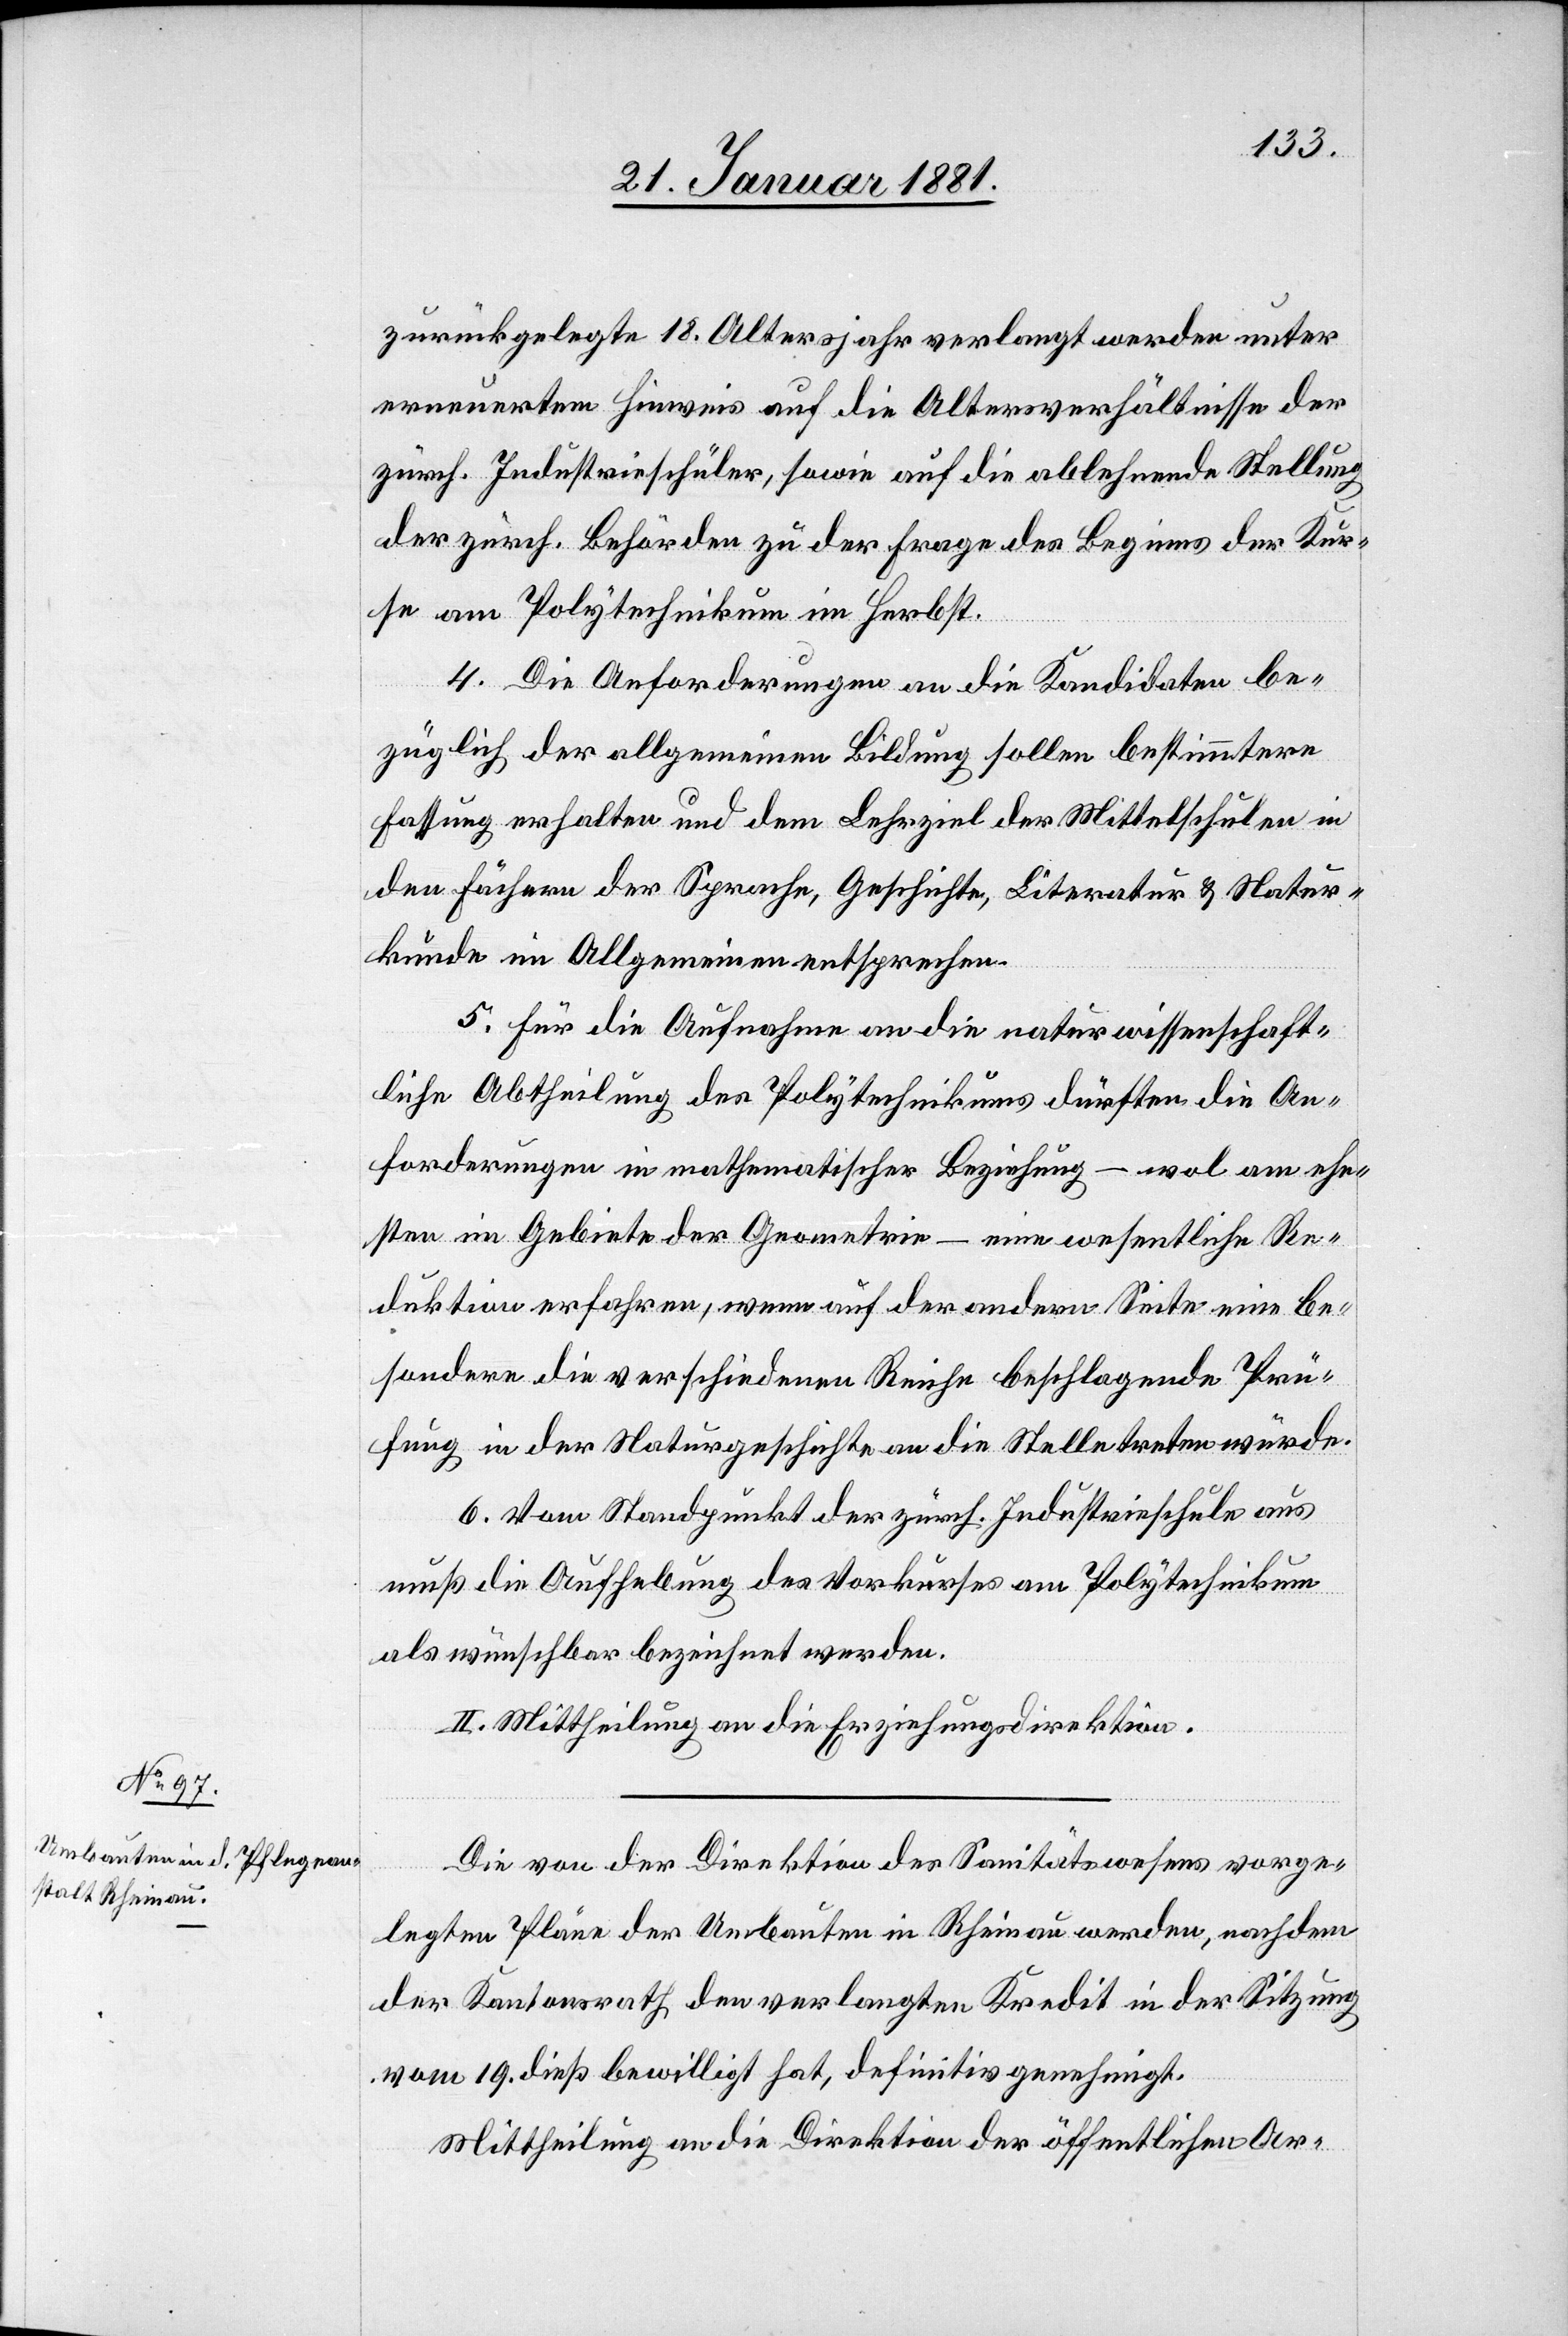
zurückgelegte 18. Altersjahr verlangt werden unter
erneuertem Hinweis auf die Altersverhältnisse der
zürch. Industrieschüler, sowie auf die ablehnende Stellung
der zürch. Behörden zu der Frage des Beginns der Kur¬
se am Polytechnikum im Herbst.
4. Die Anforderungen an die Kandidaten be¬
züglich der allgemeinen Bildung sollen bestimmtere
Fassung erhalten und dem Lehrziel der Mittelschulen in
den Fächern der Sprache, Geschichte, Literatur & Natur¬
kunde im Allgemeinen entsprechen.
5. Für die Aufnahme an die naturwissenschaft¬
liche Abtheilung des Polytechnikums dürften die An¬
forderungen in mathematischer Beziehung – wol am ehe¬
sten im Gebiete der Geometer – eine wesentliche Re¬
duktion erfahren, wenn auf der andern Seite eine be¬
sondere die verschiedenen Reiche beschlagende Prü¬
fung in der Naturgeschichte an die Stelle treten würde.
6. Vom Standpunkt der zürch. Industrieschule aus
muß die Aufhebung des Vorkurses am Polytechnikum
als wünschbar bezeichnet werden.
II. Mittheilung an die Erziehungsdirektion.
Die von der Direktion des Sanitätswesens vorge¬
legten Pläne für der Umbauten in Rheinau werden, nachdem
der Kantonsrath den verlangten Kredit in der Sitzung
vom 19. dieß bewilligt hat, definitiv genehmigt.
Mittheilung an die Direktion der öffentlichen Ar-